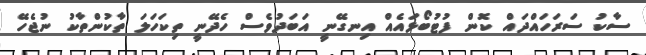
ސާކު ސަރަހައްދައް ކޮން ފުޓުބޯޅައެއް އިނގޭނީ އަބަދުވެސް ހެދޭނީ ތިކަހަލަ ތާކުންތާކު ނުޖެހޭ